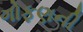
ગોફણની